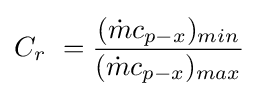
C_{r}\ ={\frac {({\dot {m}}c_{p-x})_{min}}{({\dot {m}}c_{p-x})_{max}}}